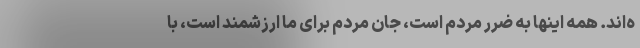
ه‌اند. همه اینها به ضرر مردم است، جان مردم برای ما ارزشمند است، با